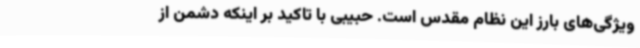
ویژگی‌های بارز این نظام مقدس است. حبیبی با تاکید بر اینکه دشمن از